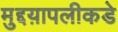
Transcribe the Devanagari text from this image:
मुद्दय़ापलीकडे